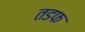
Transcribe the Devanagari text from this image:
तडफ